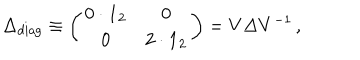
LaTeX: \Delta _ { \mathrm { d i a g } } \equiv \left( \begin{array} { c c } { { 0 \cdot { \bf 1 } _ { 2 } } } & { { 0 } } \\ { { 0 } } & { { 2 \cdot { \bf 1 } _ { 2 } } } \\ \end{array} \right) = V \Delta V ^ { - 1 } \, ,